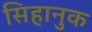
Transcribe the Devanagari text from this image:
सिहानुक